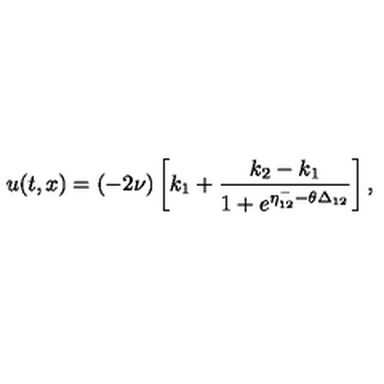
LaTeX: u ( t , x ) = ( - 2 \nu ) \left[ k _ { 1 } + \frac { k _ { 2 } - k _ { 1 } } { 1 + e ^ { \eta _ { 1 2 } ^ { - } - \theta \Delta _ { 1 2 } } } \right] ,